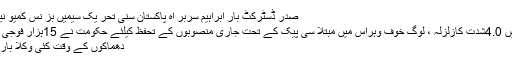
صدر ڈسٹرکٹ بار ابراہیم سربر اہ پاکستان سنی تحر یک سیمیں بز نس کمیو نیٹی کے وفد کی ملاقات
سوات اور گردونواح میں 4.0شدت کازلزلہ ، لوگ خوف وہراس میں مبتلا سی پیک کے تحت جاری منصوبوں کے تحفظ کیلئے حکومت نے 15ہزار فوجی اہلکار تعینات کر دیئے
دھماکوں کے وقت کئی وکلا بار روم میں موجود تھے ۔